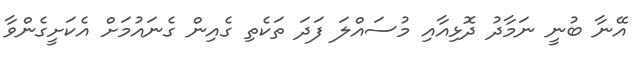
އޭނާ ބުނީ ނަމާދު ދޮޅިއާއި މުސައްލަ ފަދަ ތަކެތި ގެއިން ގެނައުމަށް އެކަށީގެންވާ